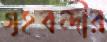
গৃহবন্দীর